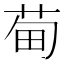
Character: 䓒